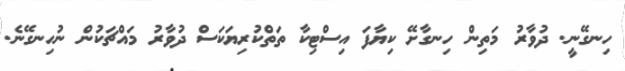
ހިނގޭނީ. ދުވާރު މަތިން ހިނގާށޭ ކިޔާފަ އިސްޓިކާ ތަތްކުރިޔަކަސް ދުވާރު މައްޗަކުން ނުހިނގޭނެ.